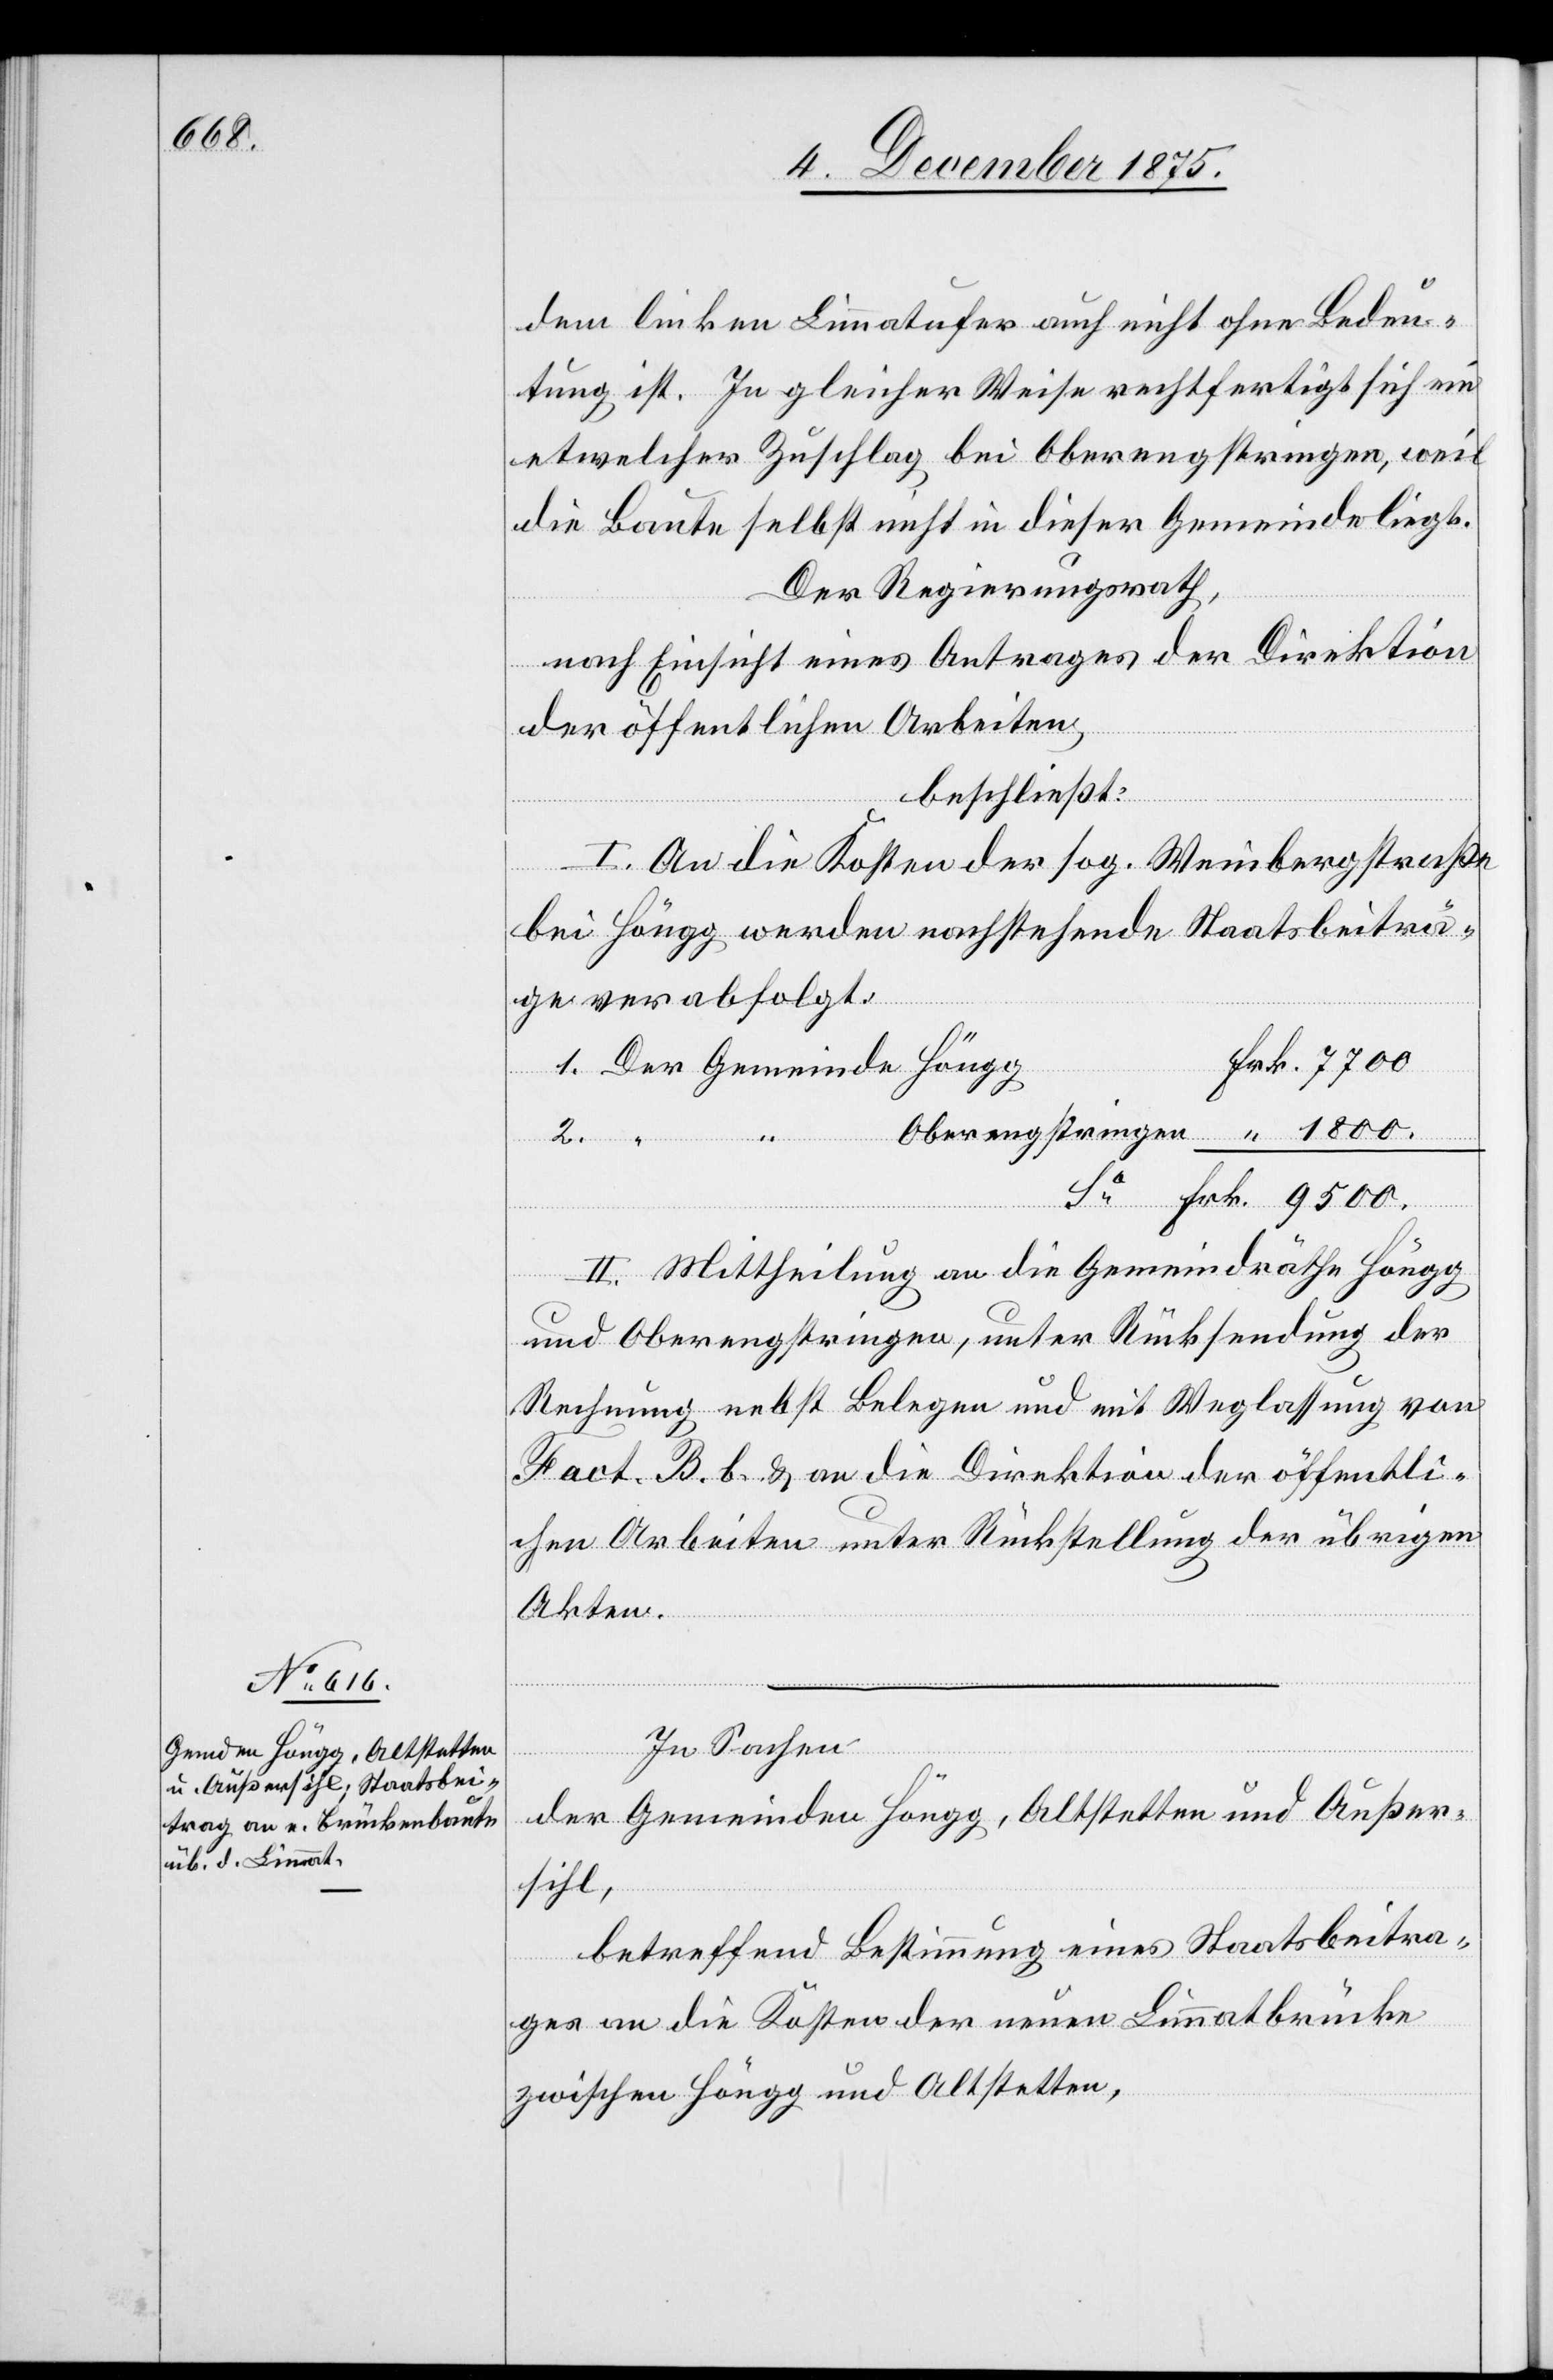
9500.

dem linken Limmatufer auch nicht ohne Bedeu¬
tung ist. In gleicher Weise rechtfertigt sich ein
etwelcher Zuschlag bei Oberengstringen, weil
die Baute selbst nicht in dieser Gemeinde liegt.
Der Regierungsrath,
nach Einsicht eines Antrages der Direktion
der öffentlichen Arbeiten,
beschließt:
I. An die Kosten der sog. Weinbergstraße
bei Höngg werden nachstehende Staatsbeiträ¬
ge verabfolgt:
2.
Obereng¬
II. Mittheilung an die Gemeindräthe Höngg
und Oberengstringen, unter Rücksendung der
Rechnung nebst Belegen und mit Weglassung von
Fact. B. b. & an die Direktion der öffentli¬
chen Arbeiten unter Rückstellung der übrigen
Akten.
In Sachen
stringen
der Gemeinden Höngg, Altstetten und Außer¬
sihl,
betreffend Bestimmung eines Staatsbeitra¬
Frk.
ges an die Kosten der neuen Limmatbrücke
zwischen Höngg und Altstetten,